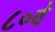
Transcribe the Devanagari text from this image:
८०वे